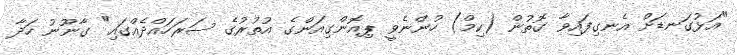
"އަޅުގަނޑަށް އެނގިފައިވާ ގޮތުން (ކިމް) ހުންނެވީ ޕިއޮންގިއަންގެ އުތުރުގެ ސަރަހައްދެއްގައި" ގާނޫނު ހަދާ